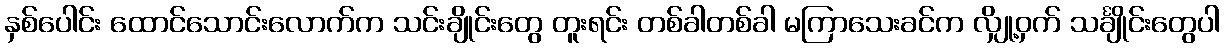
နှစ်ပေါင်း ထောင်သောင်းလောက်က သင်းချိုင်းတွေ တူးရင်း တစ်ခါတစ်ခါ မကြာသေးခင်က လျှို့ဝှက် သင်္ချိုင်းတွေပါ